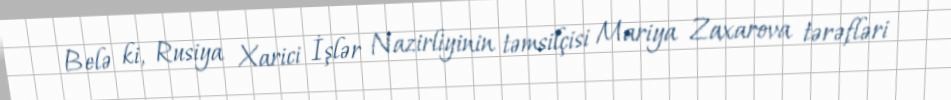
Belə ki, Rusiya Xarici İşlər Nazirliyinin təmsilçisi Mariya Zaxarova tərəfləri